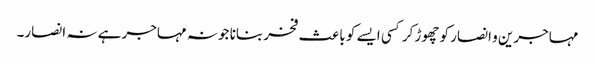
مہاجرین و انصار کو چھوڑ کر کسی ایسے کو باعث فخر بنانا جو نہ مہاجر ہے نہ انصار۔